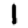
Digit: 1